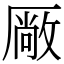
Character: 厰